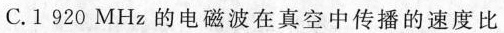
C.1920MHz的电磁波在真空中传播的速度比